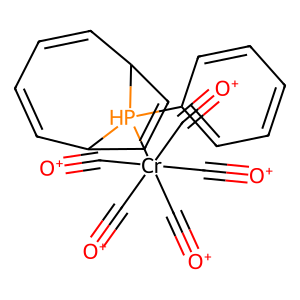
SMILES: [O+]#C[Cr](C#[O+])(C#[O+])(C#[O+])(C#[O+])[PH]1(c2ccccc2)C2C=CC=CC1C=C2
Inhibits HIV replication: No